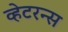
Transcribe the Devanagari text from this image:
व्हेटरन्स